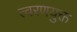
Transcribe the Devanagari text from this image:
त्वरणयुक्त